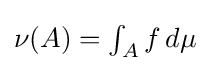
{\textstyle \nu (A)=\int _{A}f\,d\mu }